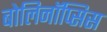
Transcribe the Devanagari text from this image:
बोलिनॉप्सिस